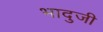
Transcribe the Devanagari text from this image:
भादुजी